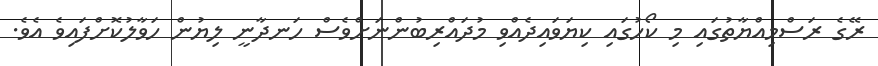
ރޭގެ ރަސްމިއްޔާތުގައި މި ކޯހުގައި ކިޔަވައިދެއްވި މުދައްރިބުންނަށްވެސް ހަނދާނީ ލިޔުން ހަވާލުކޮށްފައިވެ އެވެ.